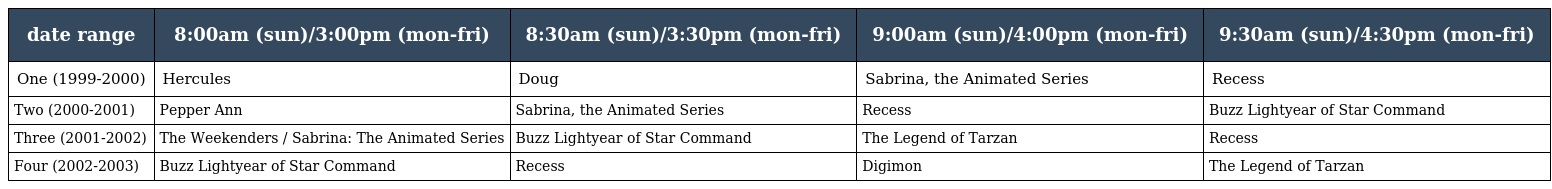
| date range | 8:00am (sun)/3:00pm (mon-fri) | 8:30am (sun)/3:30pm (mon-fri) | 9:00am (sun)/4:00pm (mon-fri) | 9:30am (sun)/4:30pm (mon-fri) |
 | --- | --- | --- | --- | --- |
 | One (1999-2000) | Hercules | Doug | Sabrina, the Animated Series | Recess |
 | Two (2000-2001) | Pepper Ann | Sabrina, the Animated Series | Recess | Buzz Lightyear of Star Command |
 | Three (2001-2002) | The Weekenders / Sabrina: The Animated Series | Buzz Lightyear of Star Command | The Legend of Tarzan | Recess |
 | Four (2002-2003) | Buzz Lightyear of Star Command | Recess | Digimon | The Legend of Tarzan |